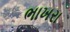
ભાખરા